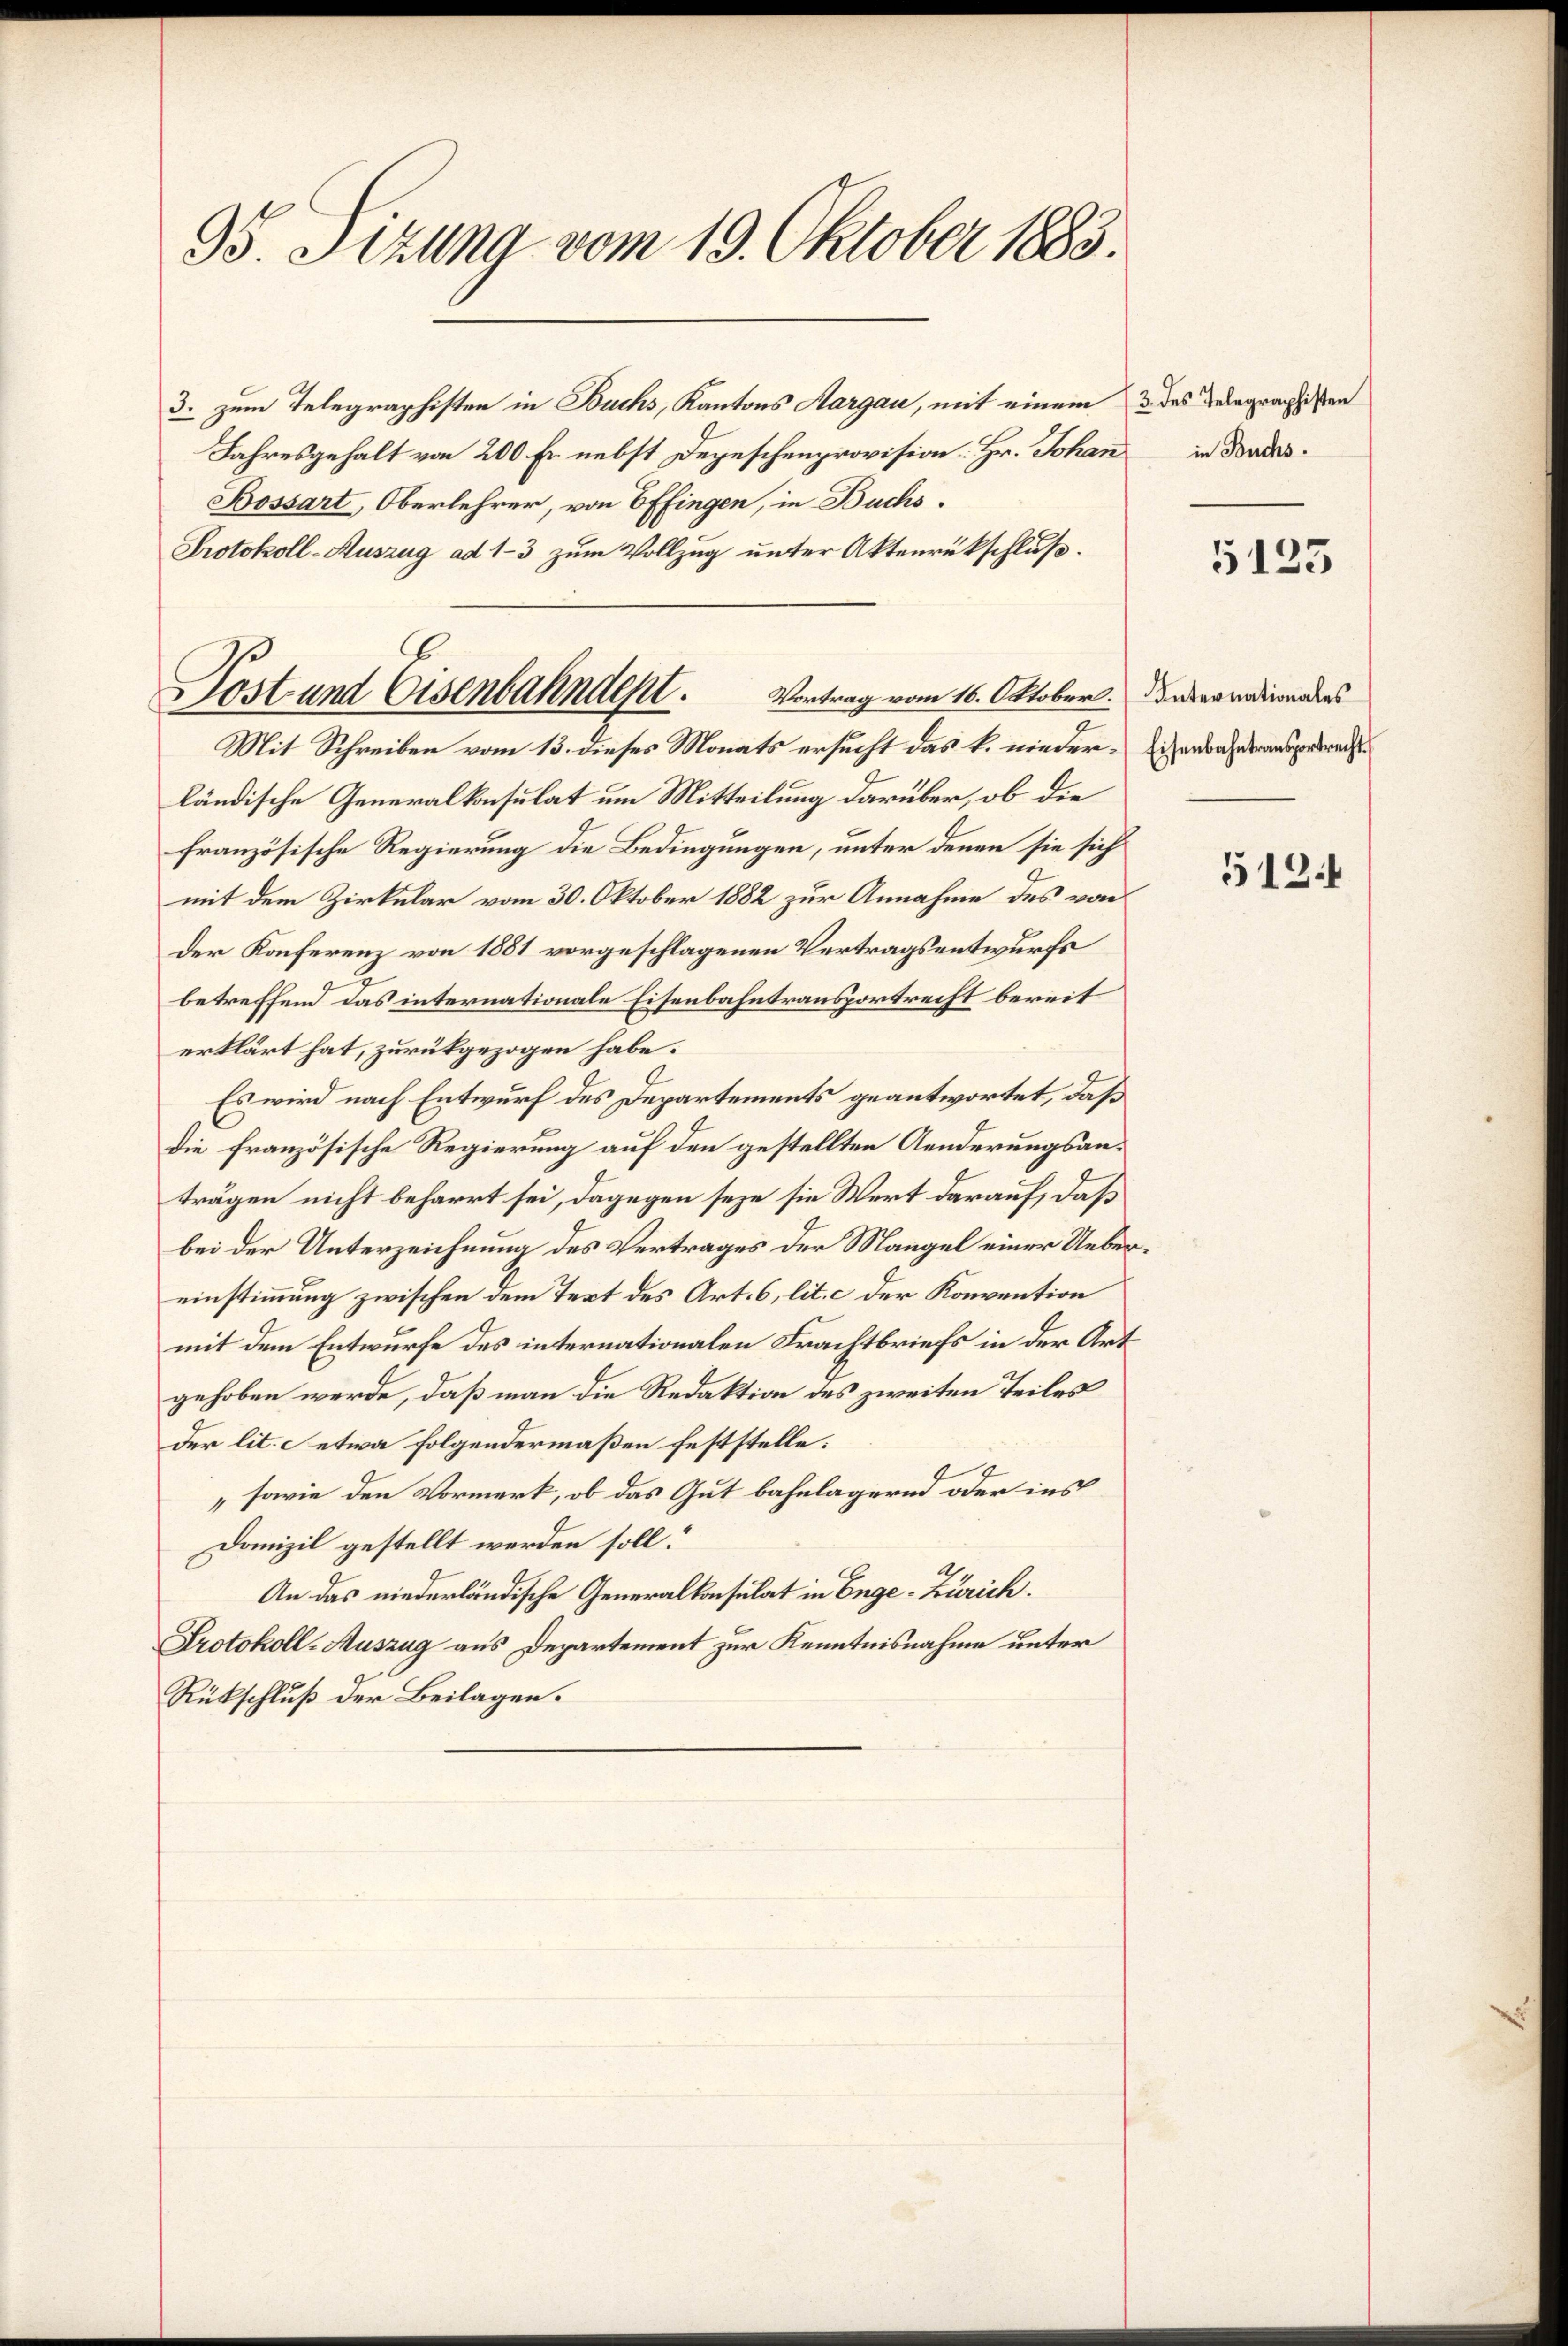
95. Sizung vom 19. Oktober 1883.

Jost und Eisenbahndent. Vortrag vom 16. Oktober. Darsterradientes

3. zum Telegraphisten in Buchs, Kantons Aargau, mit einem des Seegraphisten
Jahresgehalt von 200 Fr. nebst Depeschenprovision. Hr. Johan
Bossart, Oberlehrer, von Effingen, in Buchs.
Protokoll-Auszug ad 1-3 zum Vollzug unter Aktenrückschluß.
Mit Schreiben vom 13. dieses Monats ersucht das k. nieder-Eisenbahnderansporrech
ländische Generalkonsulat um Mitteilung darüber, ob die
französische Regierung die Bedingungen, unter denen sie sich
mit dem Zirkular vom 30. Oktober 1882 zur Annahme des von
der Konferenz von 1881 vorgeschlagenen Vertragsentwurfs
betreffend das internationale Eisenbahntransportrecht bereit
erklärt hat, zurückgezogen habe.
Es wird nach Entwurf des Departements geantwortet, daß
die französische Regierung auf den gestellten Aenderungsanträgen nicht beharrt sei, dagegen seye sie Wert darauf, daß
bei der Unterzeichnung des Vertrages der Mangel einer Uebereinstimmung zwischen dem Text des Art. 6, lit. c der Konvention
mit dem Entwurfe des internationalen Frachtbriefs in der Art
gehoben werde, daß man die Redaktion des zweiten Teiles
der lit. etwa folgendermaßen feststelle:
„sowie den Vormerk, ob das Gut bahnlägernd oder ins
Domizil gestellt werden soll:
An das niederländische Generalkonsulat in Enge-Zürich.
Protokoll-Auszug aus Departement zur Kenntnisnahme unter
Rükschluß der Beilagen.

in Buchs.

5123

512.